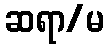
ဆရာ/မ